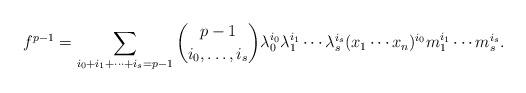
LaTeX: \begin{align*}f^{p-1} = \sum_{i_0+i_1+\cdots+i_s = p-1} {p-1 \choose i_0, \ldots, i_s} \lambda_0^{i_0}\lambda_1^{i_1} \cdots \lambda_s^{i_s} (x_1\cdots x_n)^{i_0} m_1^{i_1}\cdots m_s^{i_s}.\end{align*}